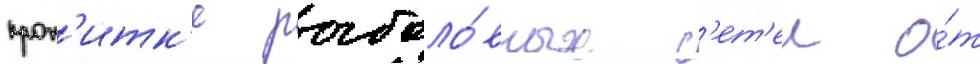
проп'итк'е рыболо́вных с'ет'еи о́т